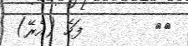
١٩        ފަހެ (އެރޭ)